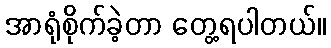
အာရုံစိုက်ခဲ့တာ တွေ့ရပါတယ်။